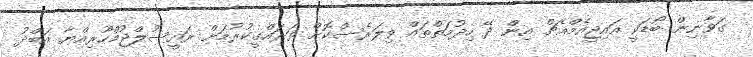
ގަވާނިން ބޯޑަކީ އައިޖީއެމްއެޗް އިން ދޭ ހިދުމަތްތައް ވިލަރެސްކޮށް ތަރައްގީކުރުމަށް ރައީސުލްޖުމްހޫރިއްޔާ އަބްދު